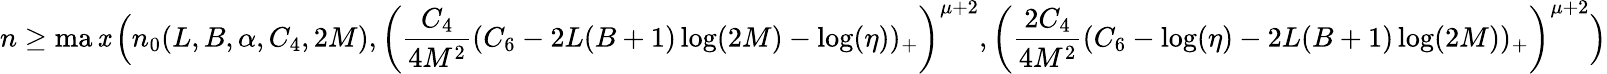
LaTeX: n\ge\operatorname*{ma\mathit{x}}\Big(n_{0}(L,B,\alpha,C_{4},2M),\left(\frac{{C_{4}}}{{4M^{2}}}(C_{6}-2L(B+1)\log(2M)-\log(\eta))_{+}\right)^{\mu+2},\left(\frac{{2C_{4}}}{{4M^{2}}}(C_{6}-\log(\eta)-2L(B+1)\log(2M))_{+}\right)^{\mu+2}\Big)